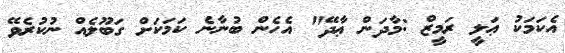
އެކަމަކު ޢަލީ ރަމީޒް :މާދަން ޢާދޭ" އެހެން ބުނާނެ ކަމަކަށް ގަބޫލެއް ނުކުރެވޭ